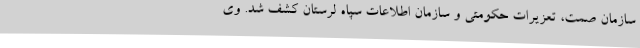
سازمان صمت، تعزیرات حکومتی و سازمان اطلاعات سپاه لرستان کشف شد. وی